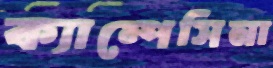
ক্যাম্পেসিনা